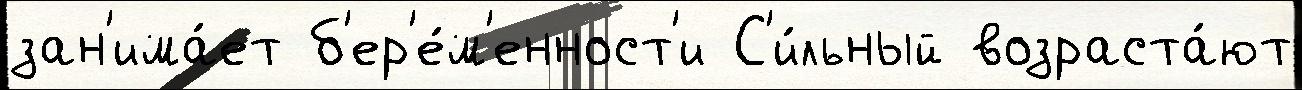
зан'има́ет б'ер'е́м'енност'и С'и́льный возраста́ют